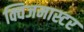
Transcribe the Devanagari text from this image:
क्विजमास्टर